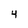
Character: 4